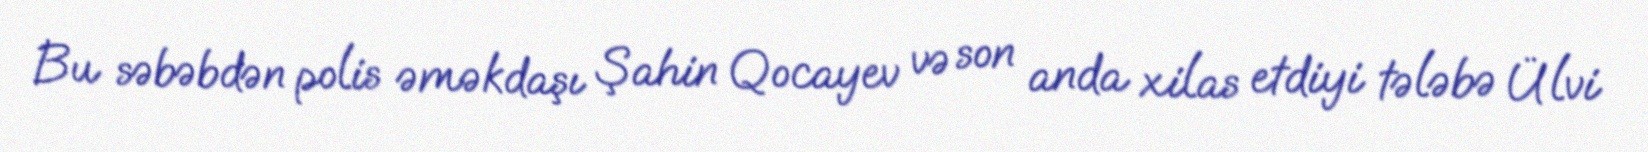
Bu səbəbdən polis əməkdaşı Şahin Qocayev və son anda xilas etdiyi tələbə Ülvi